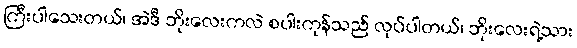
ကြီးပါသေးတယ်၊ အဲဒီ ဘိုးလေးကလဲ စပါးကုန်သည် လုပ်ပါတယ်၊ ဘိုးလေးရဲ့သား